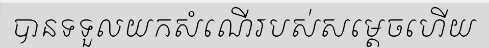
បានទទួលយកសំណើរបស់សម្តេចហើយ